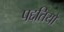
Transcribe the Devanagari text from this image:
पद्दतियों